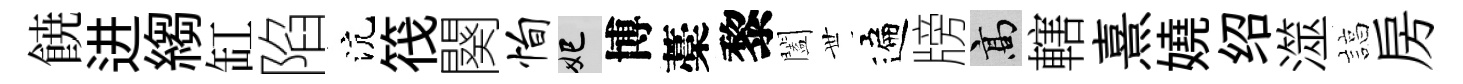
𩜙进縐缸陷沆筏闋恂妃博藁黎闔𠀍遍牓高轄熹嬈绍澨諄房